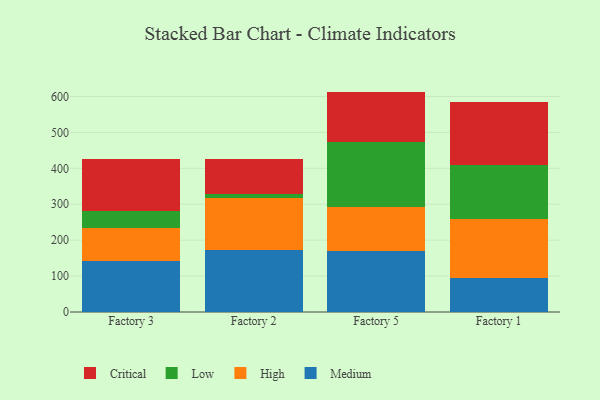
{"axis": {"x": "Factory", "y": "Tickets Resolved"}, "legend": ["Critical", "High", "Low", "Medium"], "data": [{"x": "Factory 3", "y": 141.5, "type": "Medium"}, {"x": "Factory 3", "y": 92.7, "type": "High"}, {"x": "Factory 3", "y": 46.0, "type": "Low"}, {"x": "Factory 3", "y": 146.7, "type": "Critical"}, {"x": "Factory 2", "y": 172.6, "type": "Medium"}, {"x": "Factory 2", "y": 145.3, "type": "High"}, {"x": "Factory 2", "y": 10.7, "type": "Low"}, {"x": "Factory 2", "y": 96.1, "type": "Critical"}, {"x": "Factory 5", "y": 170.5, "type": "Medium"}, {"x": "Factory 5", "y": 122.9, "type": "High"}, {"x": "Factory 5", "y": 179.2, "type": "Low"}, {"x": "Factory 5", "y": 141.1, "type": "Critical"}, {"x": "Factory 1", "y": 94.0, "type": "Medium"}, {"x": "Factory 1", "y": 164.9, "type": "High"}, {"x": "Factory 1", "y": 150.8, "type": "Low"}, {"x": "Factory 1", "y": 176.1, "type": "Critical"}]}